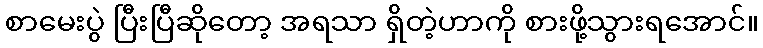
စာမေးပွဲ ပြီးပြီဆိုတော့ အရသာ ရှိတဲ့ဟာကို စားဖို့သွားရအောင်။